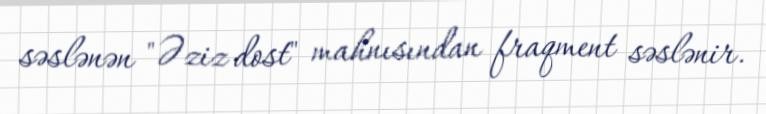
səslənən "Əziz dost" mahnısından fraqment səslənir.